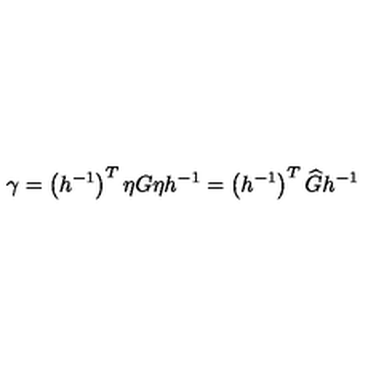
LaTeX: \gamma = \left( h ^ { - 1 } \right) ^ { T } \eta G \eta h ^ { - 1 } = \left( h ^ { - 1 } \right) ^ { T } \widehat { G } h ^ { - 1 }